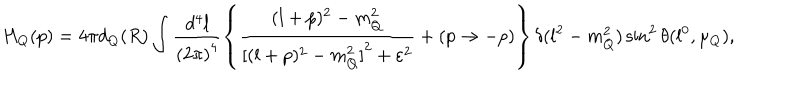
LaTeX: H _ { Q } ( p ) = 4 \pi d _ { Q } ( R ) \int \frac { d ^ { 4 } l } { { ( 2 \pi ) } ^ { 4 } } \left\{ \frac { ( l + p ) ^ { 2 } - m _ { Q } ^ { 2 } } { { [ ( l + p ) ^ { 2 } - m _ { Q } ^ { 2 } ] } ^ { 2 } + \varepsilon ^ { 2 } } + ( p \to - p ) \right\} \delta ( l ^ { 2 } - m _ { Q } ^ { 2 } ) \sin ^ { 2 } \theta ( l ^ { 0 } , \mu _ { Q } ) ,